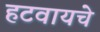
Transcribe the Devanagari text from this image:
हटवायचे